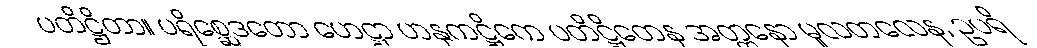
ပတိဋ္ဌိတာ။ ပရိစ္ဆေဒတော ဟေဋ္ဌာ ဟနုကဋ္ဌိကေ ပတိဋ္ဌိတေန အတ္တနော မူလတလေန, ဥပရိ